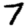
Digit: 7